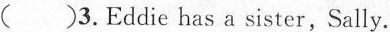
()3.Eddie has a sister,Sally.